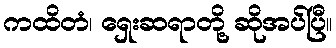
ကထိတံ၊ ရှေးဆရာတို့ ဆိုအပ်ပြီ။